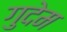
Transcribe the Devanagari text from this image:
गुदेम